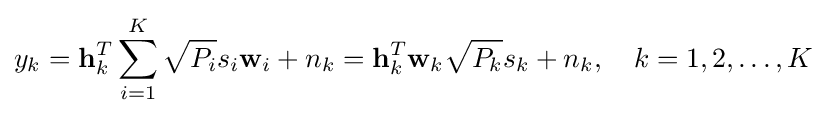
y_{k}=\mathbf {h} _{k}^{T}\sum _{i=1}^{K}{\sqrt {P_{i}}}s_{i}\mathbf {w} _{i}+n_{k}=\mathbf {h} _{k}^{T}\mathbf {w} _{k}{\sqrt {P_{k}}}s_{k}+n_{k},\quad k=1,2,\ldots ,K